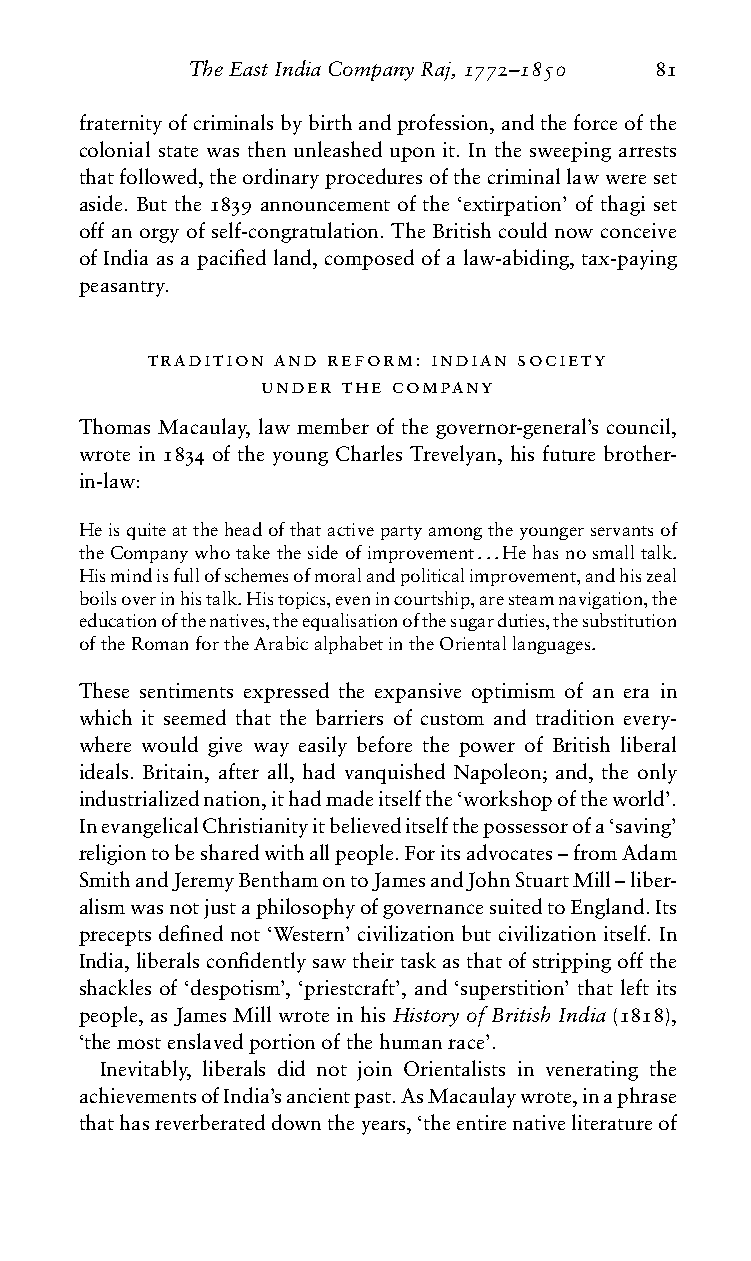
TheEastIndiaCompanyRaj,1772–1850 81
 fraternityofcriminalsbybirthandprofession,andtheforceofthe
 colonial state was then unleashed upon it. In the sweeping arrests
 thatfollowed,theordinaryproceduresofthecriminallawwereset
 aside. But the 1839 announcement of the ‘extirpation’ of thagi set
 off an orgy of self-congratulation. The British could now conceive
 of India as a pacified land, composed of a law-abiding, tax-paying
 peasantry.
 tradition and reform: indian society
 under the company
 Thomas Macaulay, law member of the governor-general’s council,
 wrote in 1834 of the young Charles Trevelyan, his future brother-
 in-law:
 Heisquiteattheheadofthatactivepartyamongtheyoungerservantsof
 theCompanywhotakethesideofimprovement...Hehasnosmalltalk.
 Hismindisfullofschemesofmoralandpoliticalimprovement,andhiszeal
 boilsoverinhistalk.Histopics,evenincourtship,aresteamnavigation,the
 educationofthenatives,theequalisationofthesugarduties,thesubstitution
 oftheRomanfortheArabicalphabetintheOrientallanguages.
 These sentiments expressed the expansive optimism of an era in
 which it seemed that the barriers of custom and tradition every-
 where would give way easily before the power of British liberal
 ideals. Britain, after all, had vanquished Napoleon; and, the only
 industrializednation,ithadmadeitselfthe‘workshopoftheworld’.
 InevangelicalChristianityitbelieveditselfthepossessorofa‘saving’
 religiontobesharedwithallpeople.Foritsadvocates–fromAdam
 SmithandJeremyBenthamontoJamesandJohnStuartMill–liber-
 alismwasnotjustaphilosophyofgovernancesuitedtoEngland.Its
 precepts defined not ‘Western’ civilization but civilization itself. In
 India,liberalsconfidentlysawtheirtaskasthatofstrippingoffthe
 shackles of ‘despotism’, ‘priestcraft’, and ‘superstition’ that left its
 people, as James Mill wrote in his History of British India (1818),
 ‘themostenslavedportionofthehumanrace’.
 Inevitably, liberals did not join Orientalists in venerating the
 achievementsofIndia’sancientpast.AsMacaulaywrote,inaphrase
 thathasreverberateddowntheyears,‘theentirenativeliteratureof